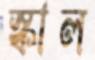
স্কাল